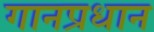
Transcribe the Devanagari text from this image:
गानप्रधान